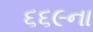
૬૬૯ના